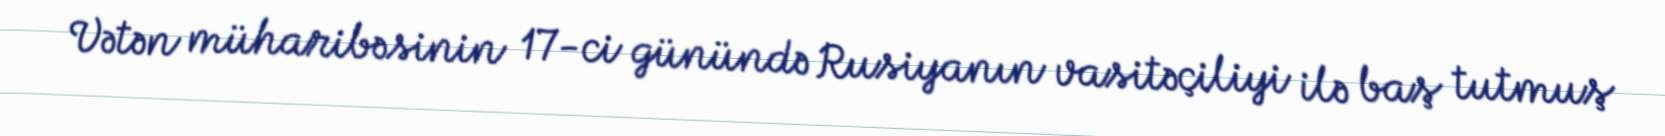
Vətən müharibəsinin 17-ci günündə Rusiyanın vasitəçiliyi ilə baş tutmuş